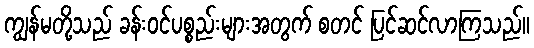
ကျွန်မတို့သည် ခန်းဝင်ပစ္စည်းများအတွက် စတင် ပြင်ဆင်လာကြသည်။